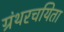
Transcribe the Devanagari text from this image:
ग्रंथरचयिता